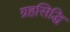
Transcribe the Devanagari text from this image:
ग्रहसिद्धि